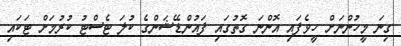
ގިނަ މީހުންނަށް ހީވެފައި އޮންނަ ގޮތުގައި ފައުންޑޭޝަންގެ ކުލަ ޓެސްޓު ކުރުމަށް ޓަކައި